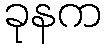
ခုနက